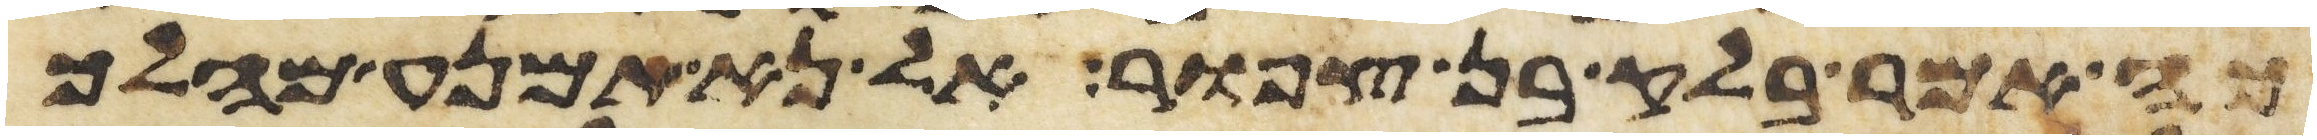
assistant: כה אמר בלק בן צפור אל נא תמנע מהלך